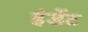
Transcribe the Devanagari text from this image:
इंडेंट